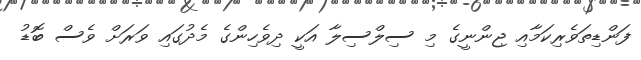
ފަންޑިތަވެރިކަމާއި ޖިންނީގެ މި ސިލްސިލާ އަކީ ދިވެހިންގެ މެދުގައި ވަރަށް ވެސް ބޮޑު